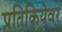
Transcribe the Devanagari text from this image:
प्रतिकियेवर